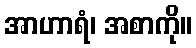
အာဟာရံ၊ အစာကို။